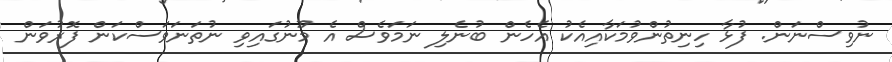
ނުވިސްނަން. ފުޅާ ހިނިތުންވުމަކާއިއެކު އެހެން ބުނެލި ނަމަވެސް އެ މޫނުގައިވި ނުތަނަވަސްކަން ފޮރުވަން